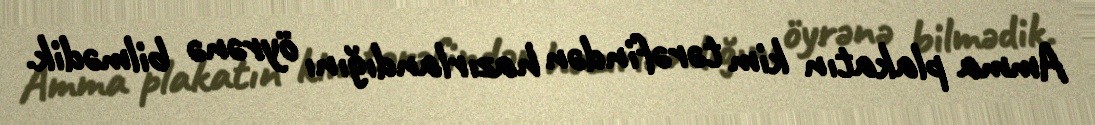
Amma plakatın kim tərəfindən hazırlandığını öyrənə bilmədik.